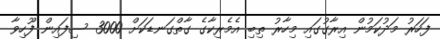
ފަހަރު މަދުކަމުން އިރާގުގައި މިހާރު ތިބި އެމެރިކާގެ ގާތްގަނޑަކަށް 3000 ސިފައިން ފޫހިވާ